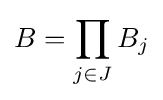
B=\prod _{j\in J}B_{j}